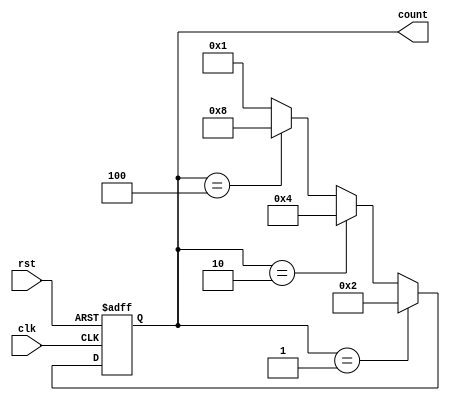
module johnson_counter(
    input clk,
    input rst,
    output reg [3:0] count
);

// Johnson Counter logic
always @(posedge clk or posedge rst)
begin
    if(rst)
        count <= 4'b0000;
    else
    begin
        // Increment or decrement counter based on direction
        if(count == 4'b0001)
            count <= 4'b0010;
        else if(count == 4'b0010)
            count <= 4'b0100;
        else if(count == 4'b0100)
            count <= 4'b1000;
        else
            count <= 4'b0001;
    end
end

endmodule